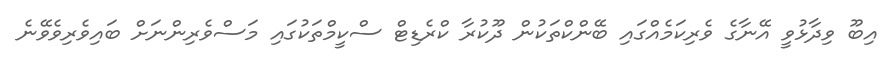
އިބޫ ވިދާޅުވީ އޭނާގެ ވެރިކަމެއްގައި ބޭންކްތަކުން ދޫކުރާ ކްރެޑިޓް ސްކީމްތަކުގައި މަސްވެރިންނަށް ބައިވެރިވެވޭނެ